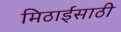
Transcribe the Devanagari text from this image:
मिठाईसाठी